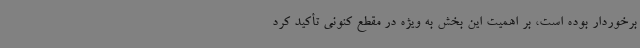
برخوردار بوده است، بر اهمیت این بخش به ویژه در مقطع کنونی تأکید کرد